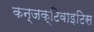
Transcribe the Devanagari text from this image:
कन्जक्टिवाइटिस